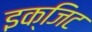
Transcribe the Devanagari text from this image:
इक्जिट